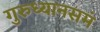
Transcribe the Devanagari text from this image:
गुरुध्यानसमं